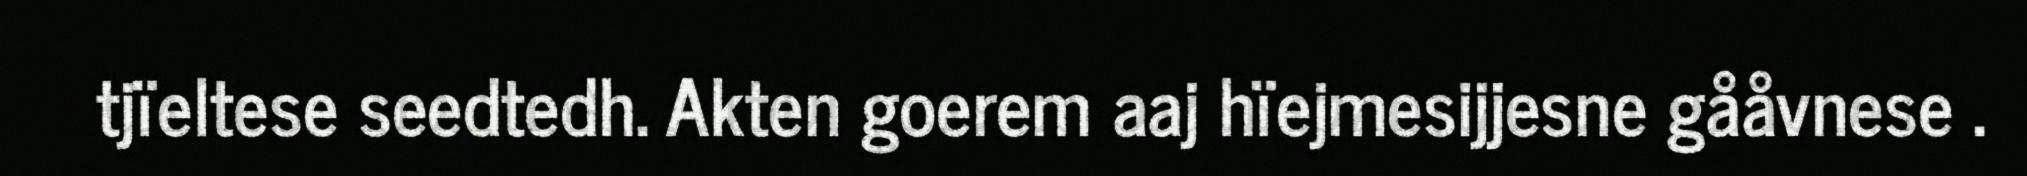
tjïeltese seedtedh. Akten goerem aaj hïejmesijjesne gååvnese .